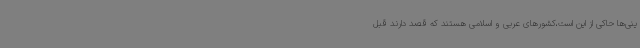
ینی‌ها حاکی از این است،کشورهای عربی و اسلامی هستند که قصد دارند قبل